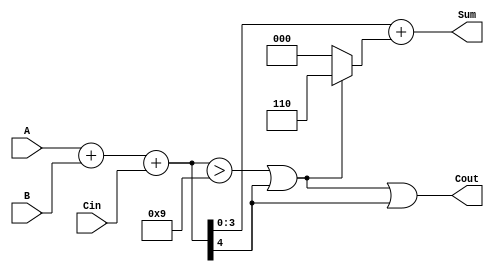
module BCD_Fast_Adder (
    input  [3:0] A,      // First BCD digit
    input  [3:0] B,      // Second BCD digit
    input        Cin,     // Carry-in
    output [3:0] Sum,     // BCD Sum
    output       Cout     // Carry-out
);

    wire [4:0] TempSum;   // Temporary sum (5 bits to accommodate carry)
    wire [4:0] CorrectedSum; // Sum after correction
    wire CorrectionNeeded; // Flag to indicate if correction is needed

    // Step 1: Perform binary addition
    assign TempSum = A + B + Cin;

    // Step 2: Check if correction is needed
    assign CorrectionNeeded = (TempSum > 5'd9) || TempSum[4];

    // Step 3: Correct the sum if necessary
    assign CorrectedSum = TempSum + (CorrectionNeeded ? 5'd6 : 5'd0);

    // Step 4: Assign outputs
    assign Sum = CorrectedSum[3:0]; // Take the lower 4 bits as the BCD sum
    assign Cout = CorrectionNeeded || TempSum[4]; // Carry-out if correction needed or if original sum had carry-out

endmodule